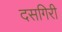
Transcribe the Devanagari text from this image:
दसगिरी